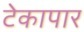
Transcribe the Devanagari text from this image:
टेकापार